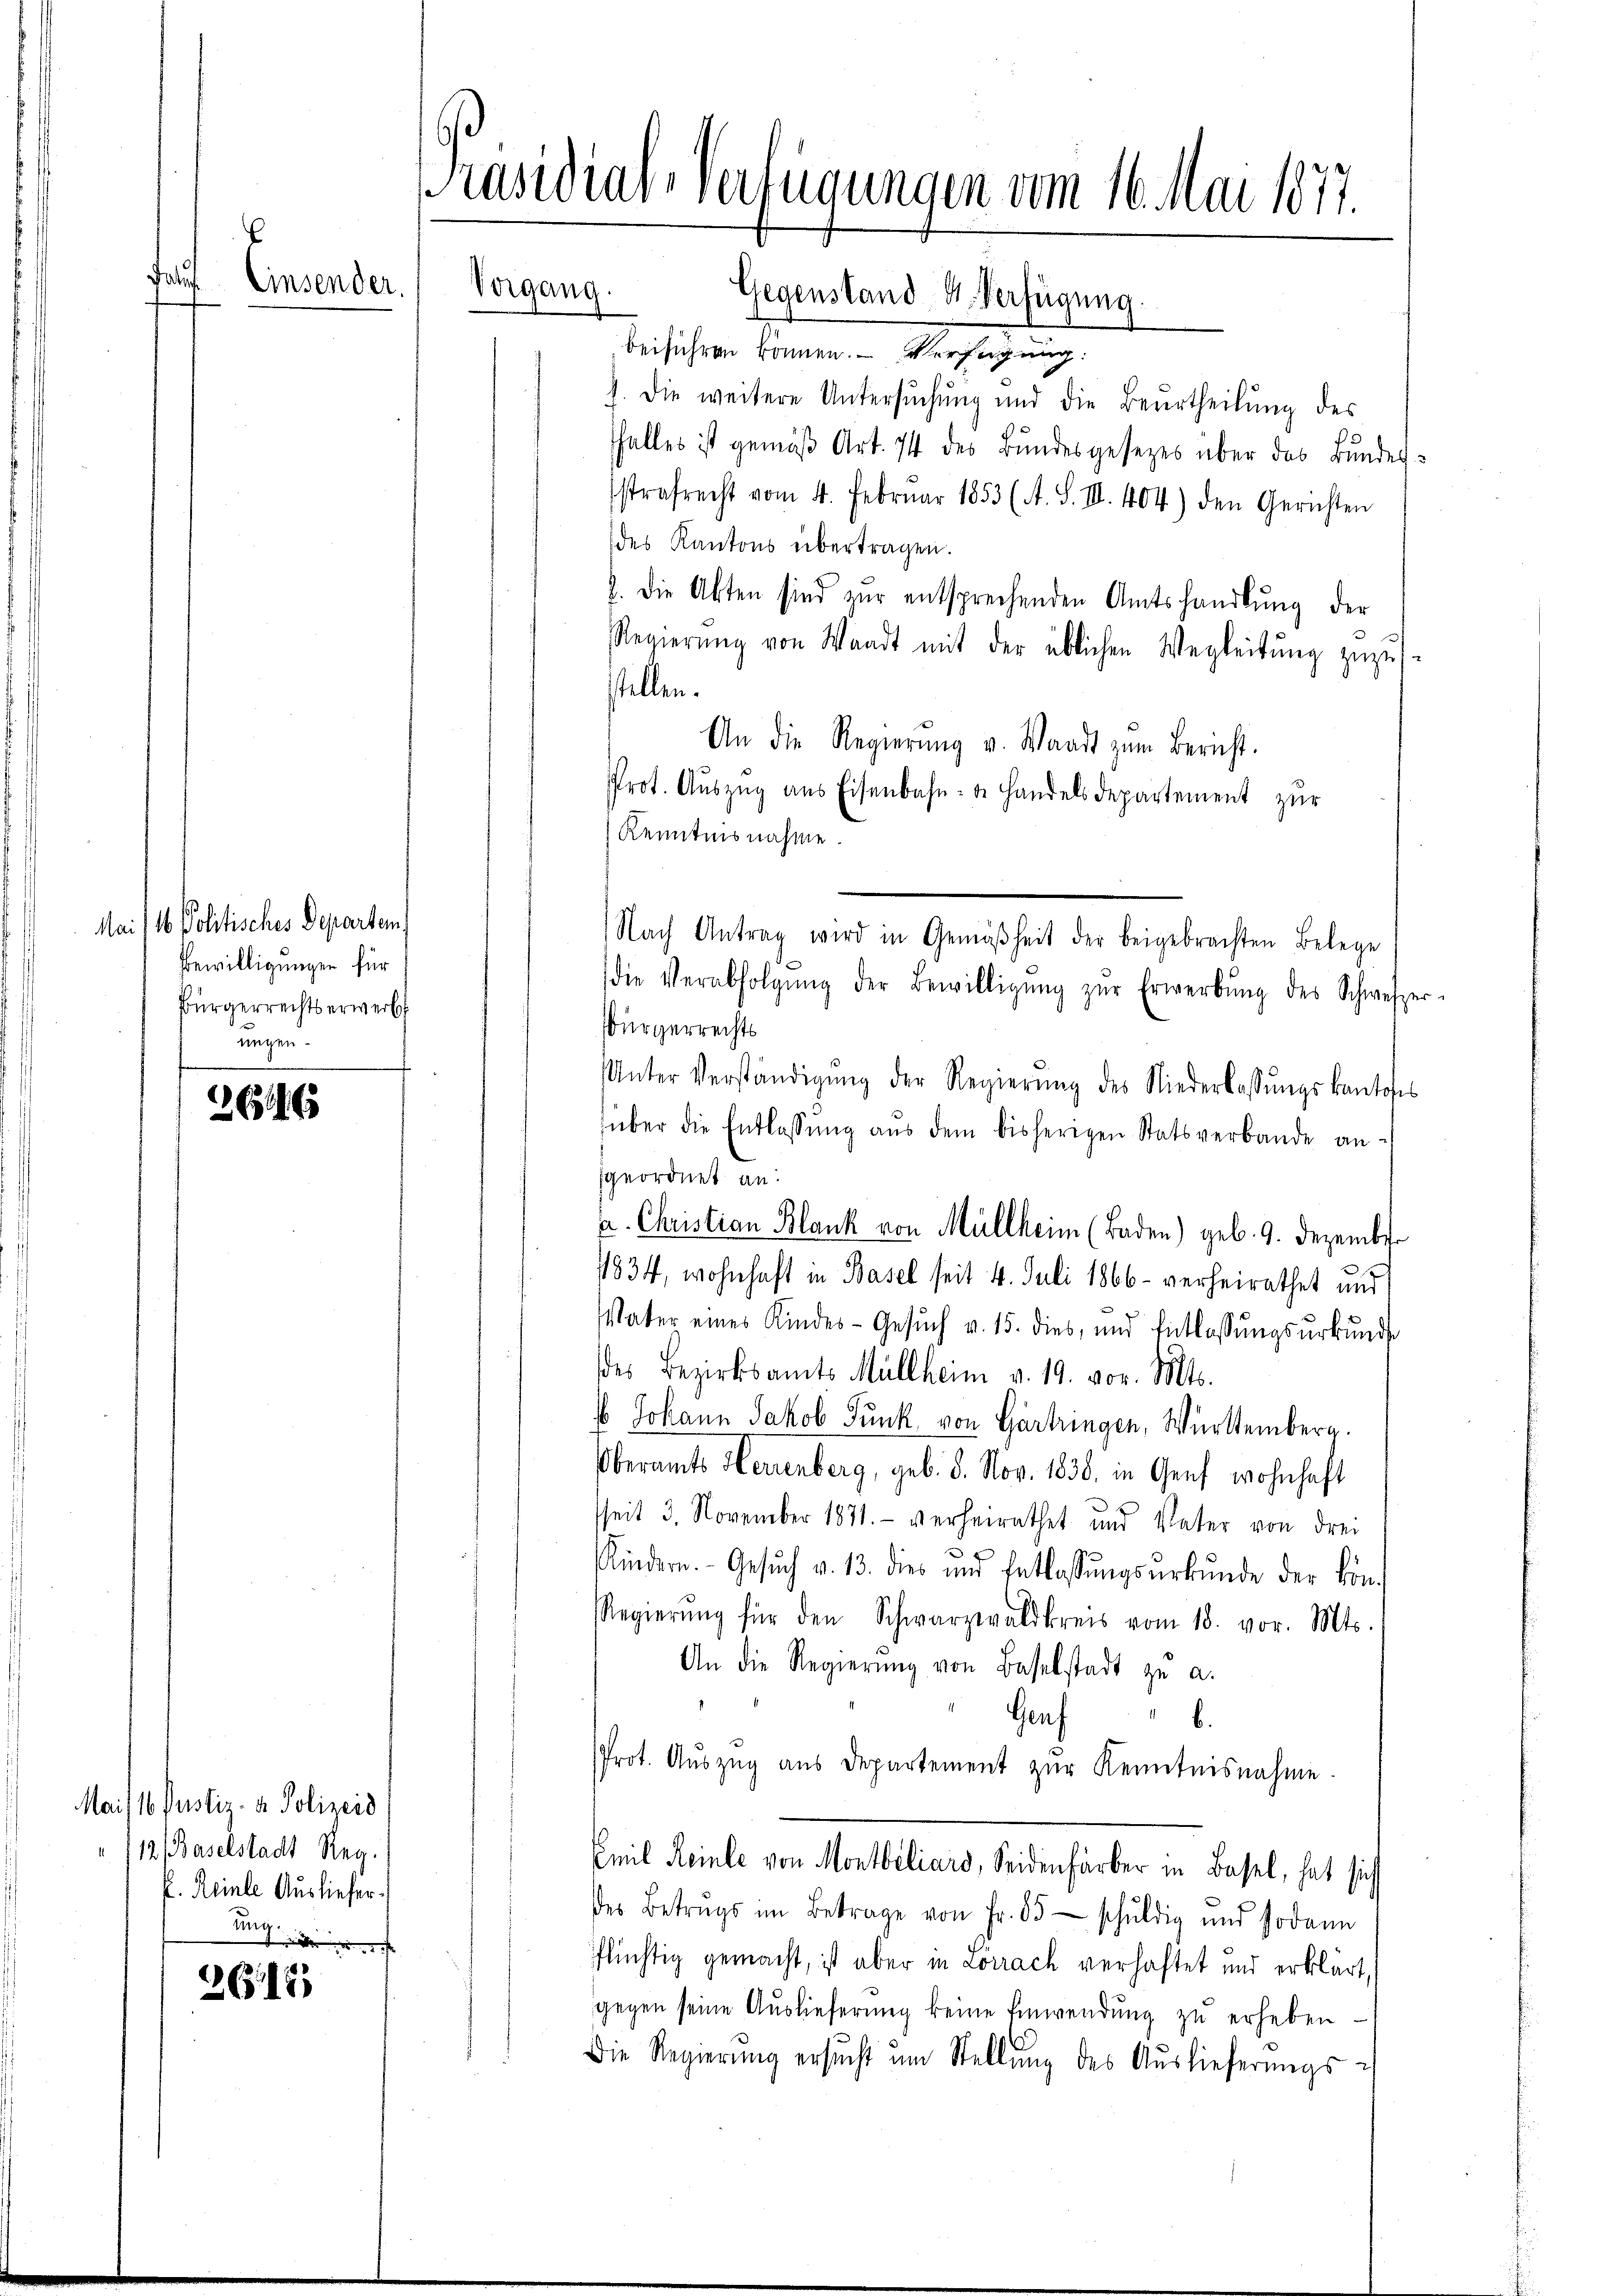
.
ff

Mai/16. Politisches Departem
Bewilligungen für
Bürgerrechtserwerb
ungen.

266

Mai/16. Justiz- & Polizeid
12 Baselstadt Reg.
k. Reinle Ausliefere

2612)

Präsidial-Verfügungen vom 16. Mai 1877.
Einsender.
Vorgang.
Gegenstand 4 Verfügung.

beiführen können. Verfügung:
1. Die weitere Untersuchung und die Beurtheilung des
falles ist gemäβ Art. 74 des Bŭndesgesetzes über das Bundes:
sstrafrecht vom 4. Februar 1853 (A. S. III. 404) den Gerichten
des Kantons übertragen.
. die Akten sind zur entsprechenden Amtshandlŭng der
Regierŭng von Waadt mit der üblichen Wegleitŭng zŭzŭs-
stellen.
An die Regierŭng u. Waadt zŭm Bernst.
Prot. Aŭszŭg ans Eisenbahn- u. Handelsdepartement zŭr
Kenntnisnahme
die Verabfolgŭng der Bewilligŭng zŭr Erwerbŭng des Schweize
sbürgerrechts
Unter Verständigŭng der Regierŭng des Niederlassŭngskantons
über die Entlassŭng aus dem bisherigen Statsverbande an-
geordnet an:
a. Christian Blank von Müllheim (Baden) geb. 9. Dezember
11834, wohnhaft in Basel seit 4. Juli 1866 verheirathet und
Vater eines Kindes-Gesŭch v. 15. dies, und Entlassŭngsurkunde
des Bezirksamts Müllheim v. 19. vor. Mts.
6 Johann Jakob Funk von Gärtringen, Württemberg.
Oberamts Neuenburg, geb. 3. Nov. 1836. in Genf wohnhaft
seit 3. November 1871. - verheirathet und Vater von drei
Kindern. Gesŭch v. 13. dies und Entlassŭngsŭrkŭnde der kön¬
Regierŭng für den Schwarzwaldkreis vom 18. vor. Mts.
An die Regierŭng von Baselstadt zu a.
Genf
b.
Prot. Auszug aus Departement zur Kenntnisnahme.
Emil Reinle von Montbiliars, Seidenfärber in Basel, hat sich
des Betrags im Betrage von Fr. 85 - schuldig und sodann
flüchtig gemacht, ist aber in Lorrach verhaftet und erklärt,
gegen seine Auslieferung keine Einwendung zu erheben
Die Regierŭng ersŭcht ŭm Stellŭng des Auslieferŭngs-

Nach Antrag wird in Gemäßheit der beigebrachten Belege